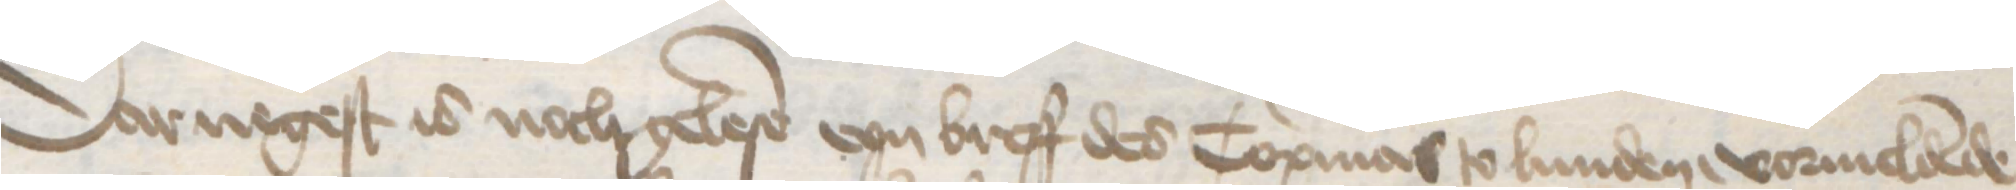
Darnegest is noch gelese eyn breff des Copmans to Lunden, vormeldende